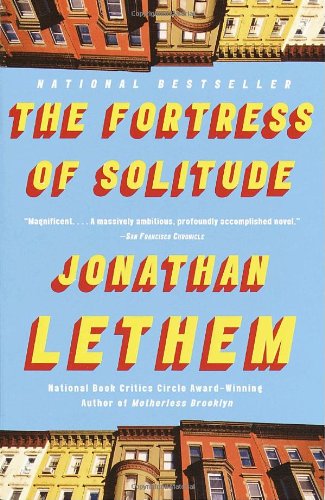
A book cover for The Fortress of Solitude; Jonathan Lethem; Science Fiction & Fantasy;